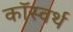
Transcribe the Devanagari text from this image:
कॉस्वर्थ